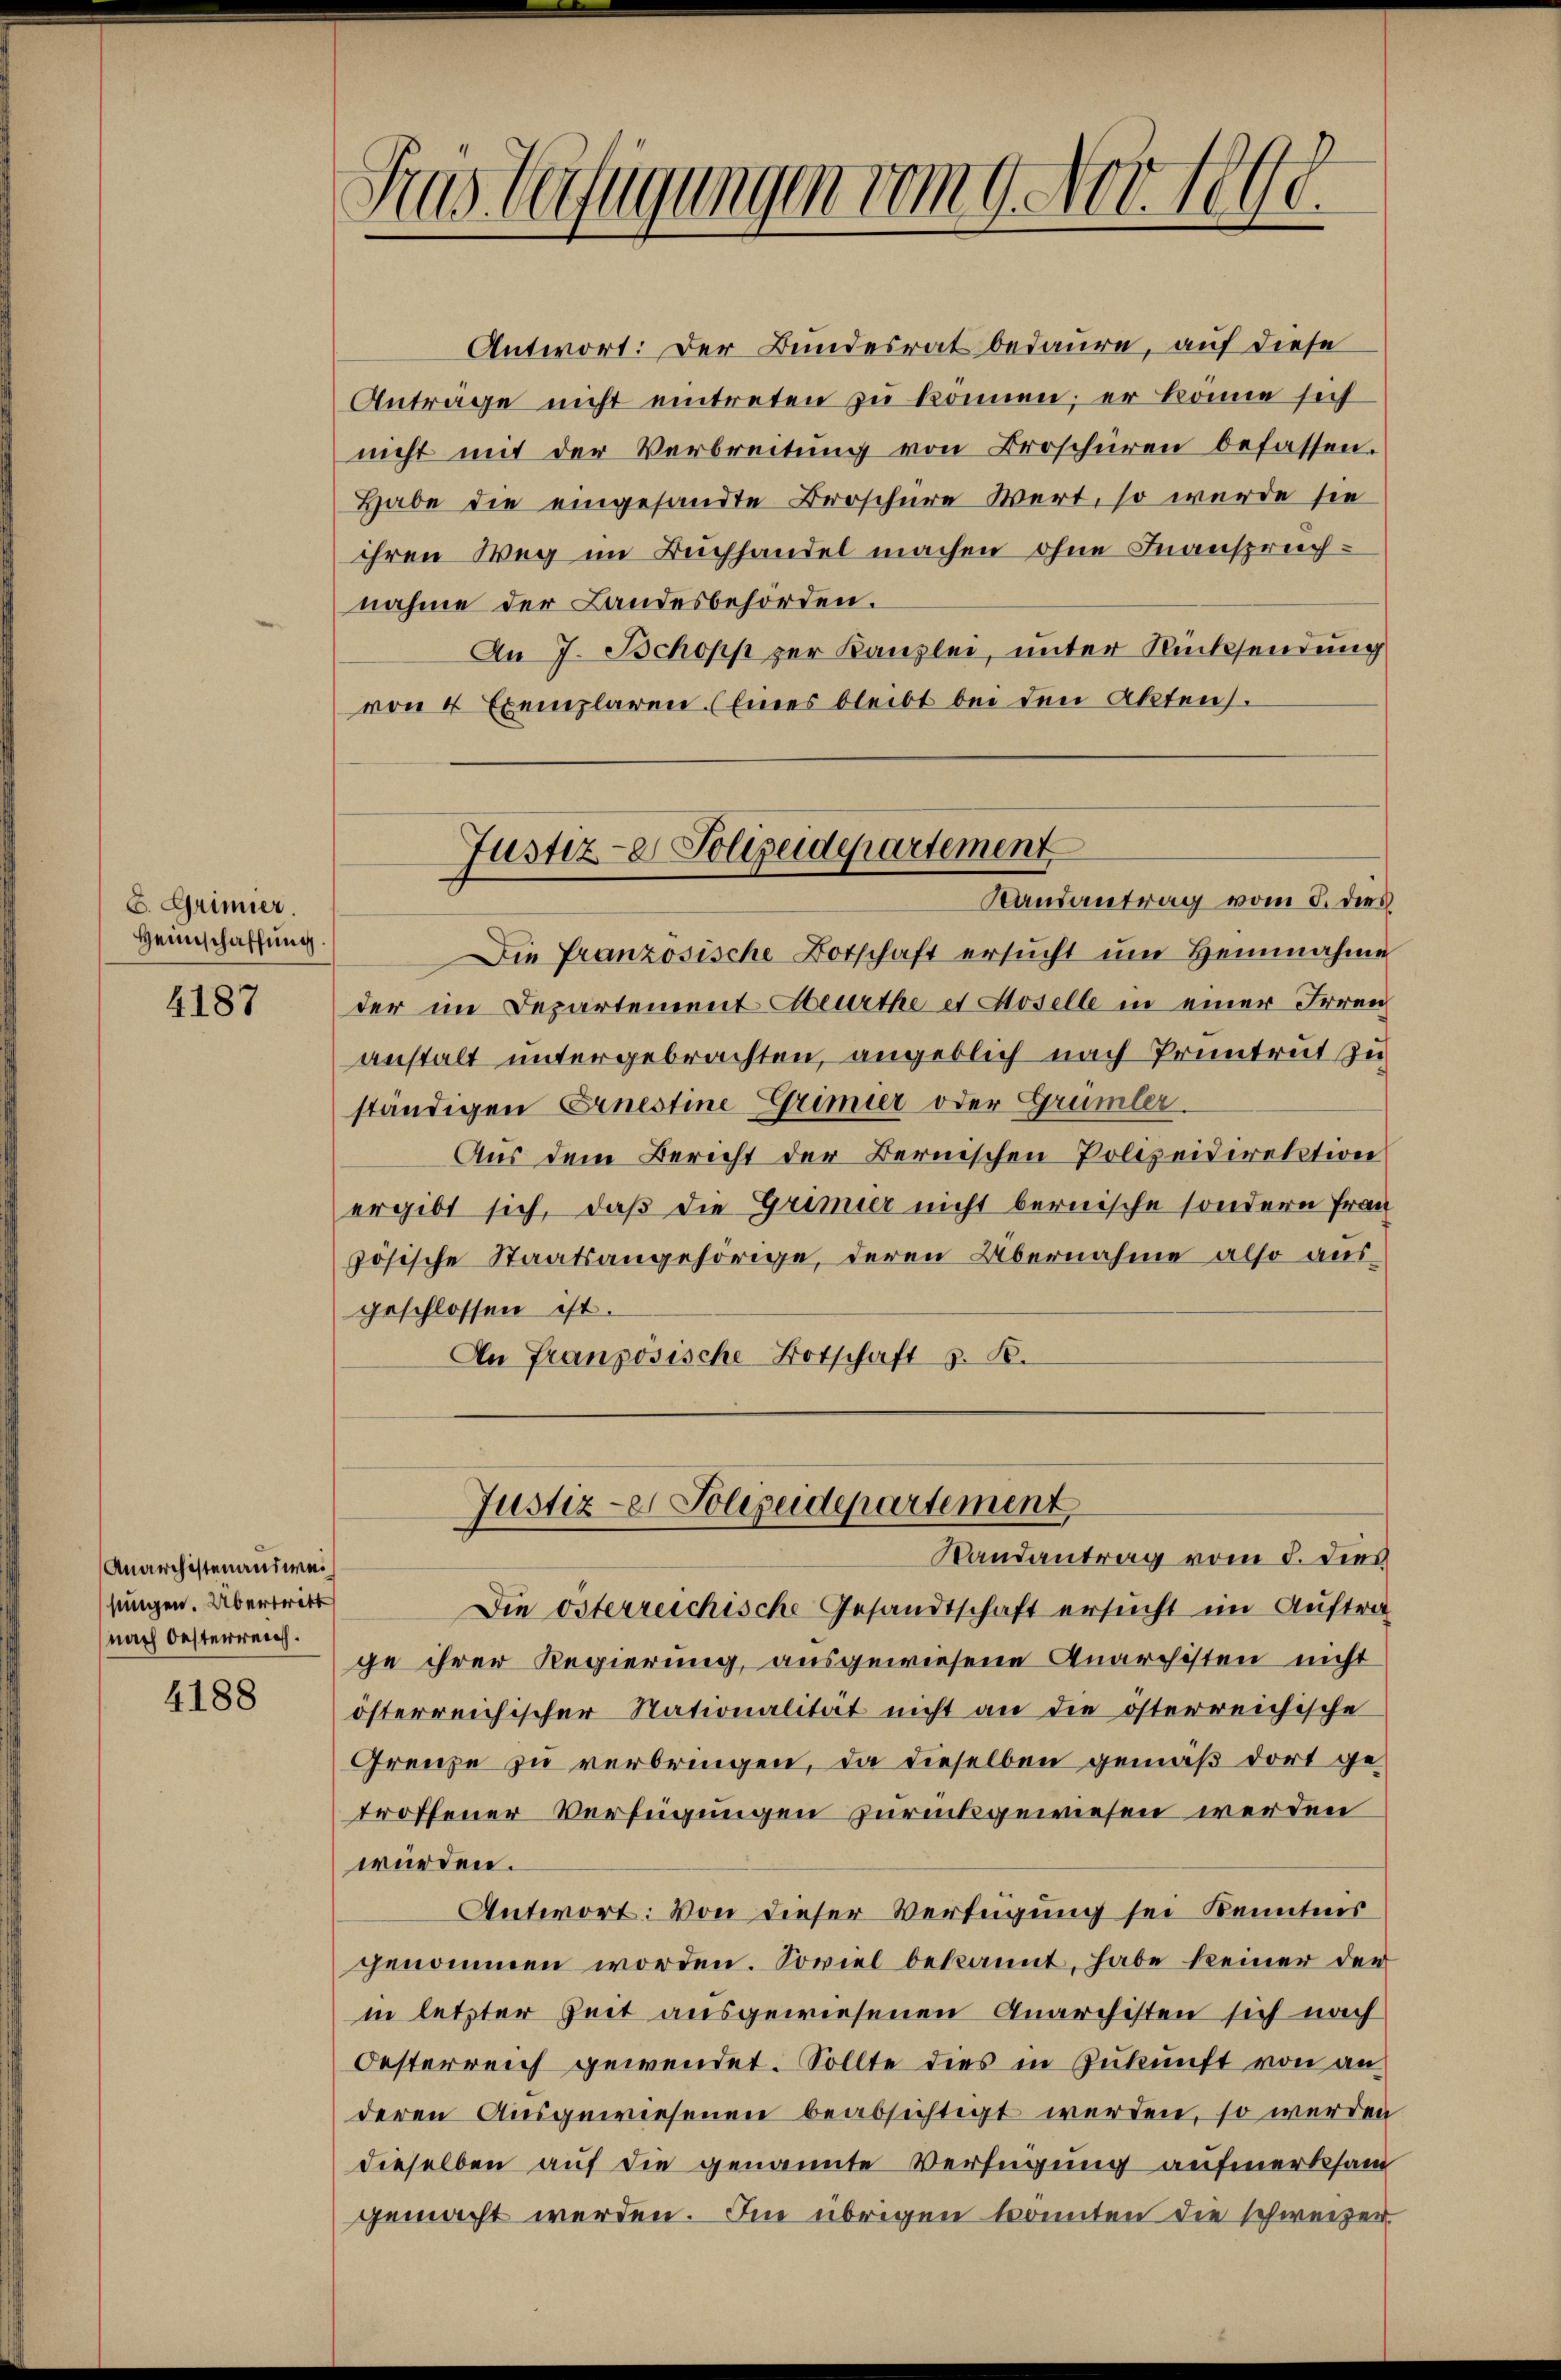
C. Grimier
Heimschaffung.

4187

Anarchisten ausweisungen. Übertritt
nach Oesterreich.

4188

Antwort: Der Bundesrat bedaure, auf diese
Anträge nicht eintreten zu können; er könne sich
nicht mit der Verbreitung von Broschüren befassen.
Habe die eingesandte Broschüre Wert, so wurde sie
ihren Weg im Buchhandel machen ohne Inansprechnahme der Landesbehörden.
An 7. Schopp per Kanzlei, unter Rücksendung
von 4 Exemplaren (Eines bleibt bei den Akten.

Srus. Verfügungen vom 9. Nov. 1890.

Die französische Botschaft ersucht um Heinnahme
der im Departement Abeurthe et Hoselle in einer Irren
anstalt untergebrachten, angeblich nach Pruntrut zu
ständigen Ernestine Grimier oder Grümler.
Aus dem Bericht der Bernischen Polizeidirektion
ergibt sich, daß die Grimier nicht bernische sondern Frau
zösische Staatsangehörige, deren Übernahme also ausgeschlossen ist.
An Französische Botschaft z. B.

Justiz- & Polizeidepartement
Randantrag vom 5. dies

Randantrag vom 5. dies
Die österreichische Gesandtschaft ersucht im Auftra
ge ihrer Regierung, ausgewiesene Quarchisten nicht
österreichischer Nationalität nicht an die österreichische
Grenze zu verbringen, da dieselben gemäß dort getroffener Verfügungen zurückgewiesen werden
würden.
Antwort: Von dieser Verfügung sei Kenntnis
genommen worden. Soviel bekannt, habe keiner der
in letzter Zeit ausgewiesenen Anarchisten sich nach
Oesterreich gewendet. Sollte dies in Zukunft von an
deren Ausgewiesenen beabsichtigt werden, so werden
dieselben auf die genannte Verfügung aufmerksam
gemacht werden. Im übrigen konnten die schweizer

Justiz-er Polizeidepartement